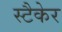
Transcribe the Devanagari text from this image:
स्टैकेर